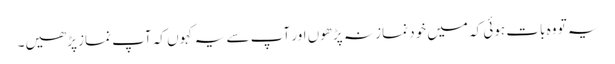
یہ تو وہ بات ہوئی کہ میں خود نماز نہ پڑھوں اور آپ سے یہ کہو ں کہ آپ نماز پڑھیں۔